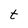
Character: t